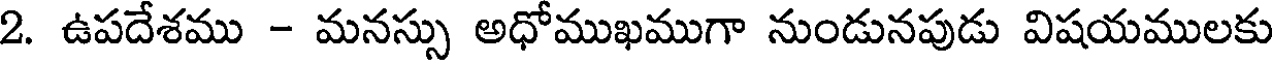
2. ఉపదేశము - మనస్సు అధోముఖముగా నుండునపుడు విషయములకు